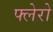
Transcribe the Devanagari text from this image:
फ्लेरो